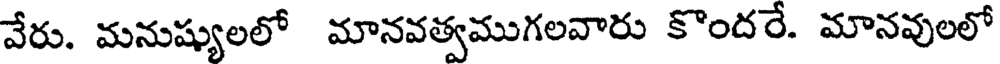
వేరు. మనుష్యులలో మానవత్వముగలవారు కొందరే. మానవులలో